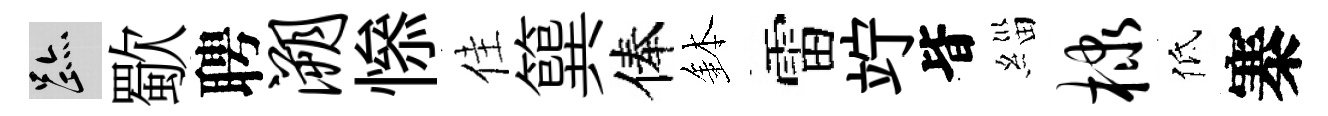
迹歜聘溯𢡖佳簨俸鉢雷竚𣅜緇棣低寨